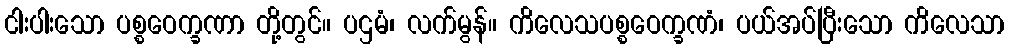
ငါးပါးသော ပစ္စဝေက္ခဏာ တို့တွင်။ ပဌမံ၊ လက်မွန်။ ကိလေသပစ္စဝေက္ခဏံ၊ ပယ်အပ်ပြီးသော ကိလေသာ